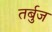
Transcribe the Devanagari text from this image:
तर्बुज